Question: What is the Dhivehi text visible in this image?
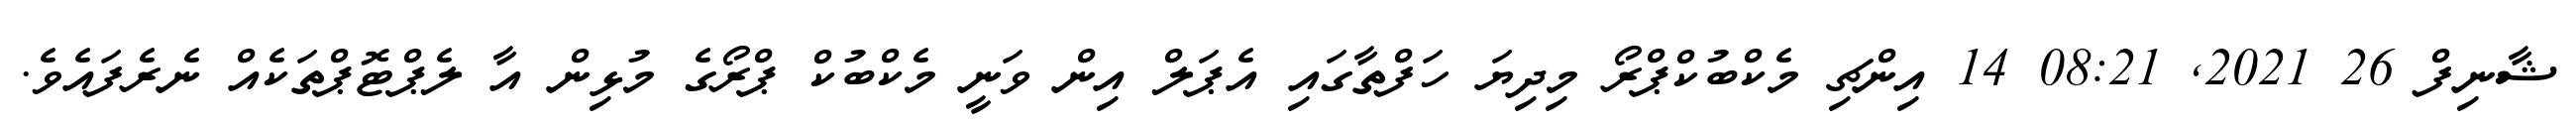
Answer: ޝާނިފް 26 2021, 08:21 14 އިންޗި މެކްބުކްޕްރޯ މިދިޔަ ހަފްތާގައި އެޕަލް އިން ވަނީ މެކްބުކް ޕްރޯގެ މުޅިން އާ ލެޕްޓޮޕްތަކެއް ނެރެފައެވެ.